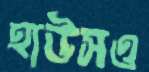
হাউসও